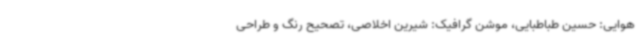
هوایی: حسین طباطبایی، موشن گرافیک: شیرین اخلاصی، تصحیح رنگ و طراحی